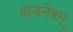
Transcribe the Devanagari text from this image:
कंजनेत्रम्‌